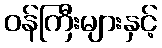
ဝန်ကြီးများနှင့်